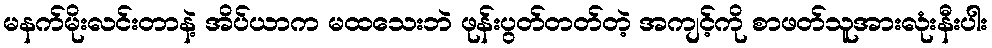
မနက်မိုးလင်းတာနဲ့ အိပ်ယာက မထသေးဘဲ ဖုန်းပွတ်တတ်တဲ့ အကျင့်ကို စာဖတ်သူအားလုံးနီးပါး